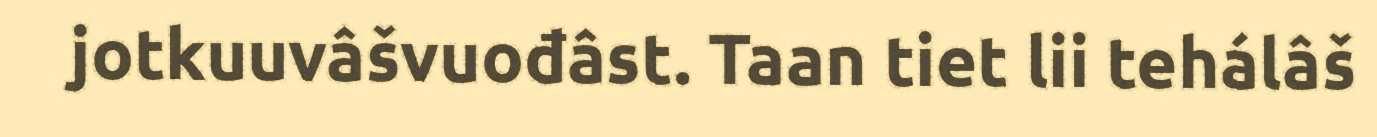
jotkuuvâšvuođâst. Taan tiet lii tehálâš